Problem: 9 × 4 = ?
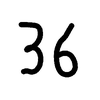
Handwritten answer: 36